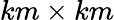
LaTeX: km\times km